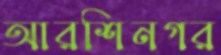
আরশিনগর